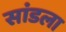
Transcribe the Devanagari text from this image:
सांडला